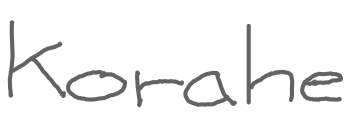
Text: Korahe
Cross-out: clean
Writing tool: digital_gray